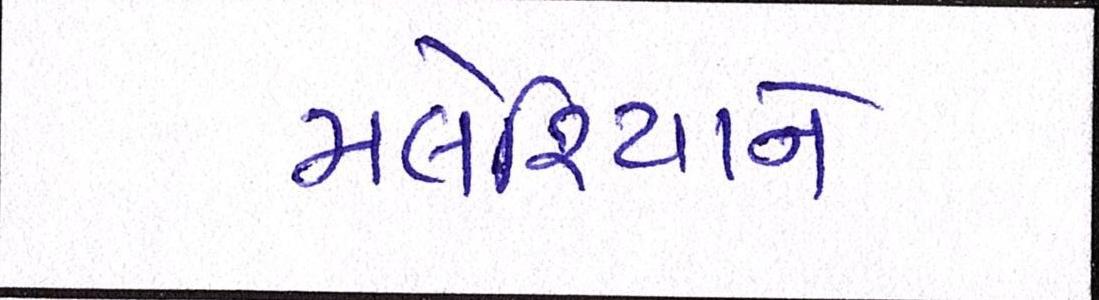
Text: મલેશિયાને